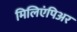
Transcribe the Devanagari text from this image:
मिलिएंपिअर